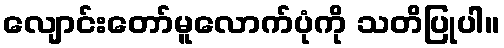
လျောင်းတော်မူလောက်ပုံကို သတိပြုပါ။